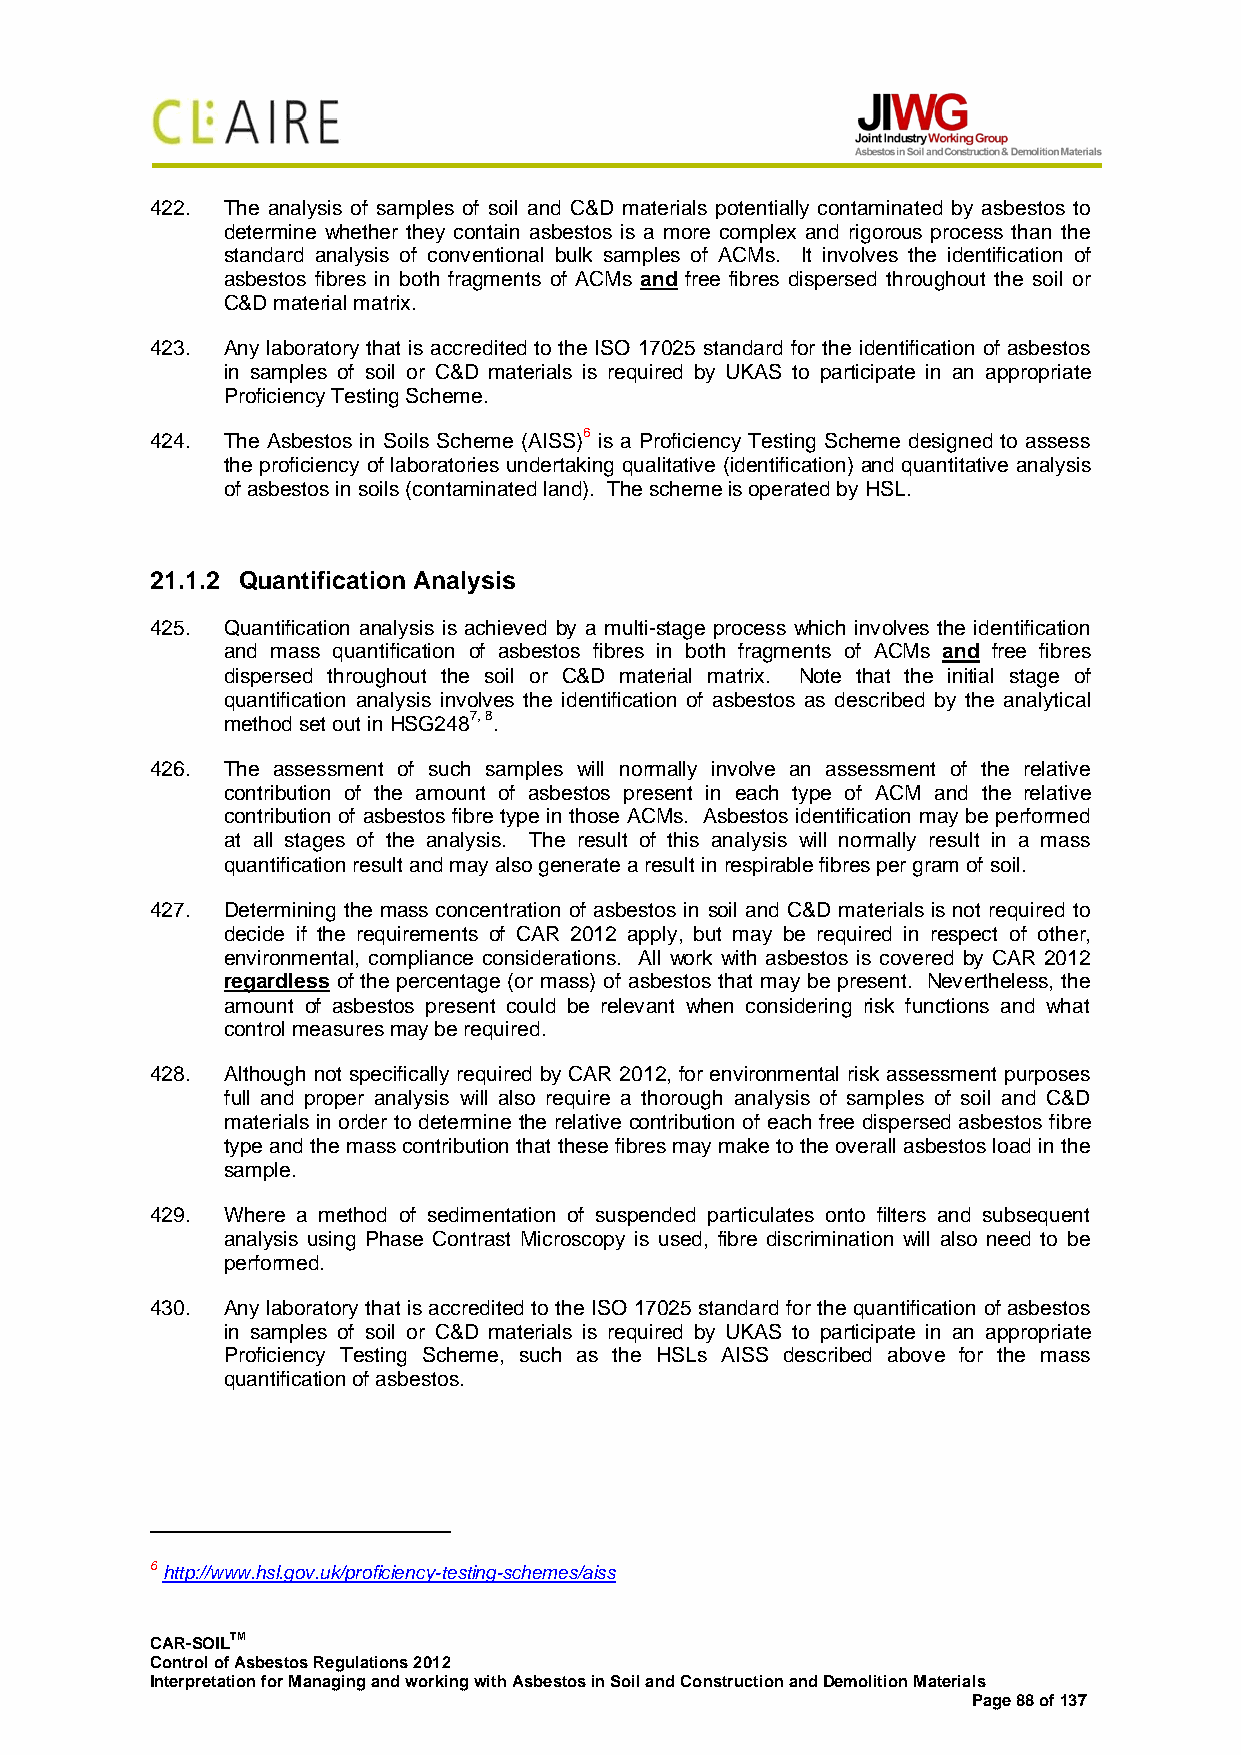
422. The analysis of samples of soil and C&D materials potentially contaminated by asbestos to
 determine whether they contain asbestos is a more complex and rigorous process than the
 standard analysis of conventional bulk samples of ACMs. It involves the identification of
 asbestos fibres in both fragments of ACMs and free fibres dispersed throughout the soil or
 C&D material matrix.
 423. Any laboratory that is accredited to the ISO 17025 standard for the identification of asbestos
 in samples of soil or C&D materials is required by UKAS to participate in an appropriate
 Proficiency Testing Scheme.
 424. The Asbestos in Soils Scheme (AISS)6 is a Proficiency Testing Scheme designed to assess
 the proficiency of laboratories undertaking qualitative (identification) and quantitative analysis
 of asbestos in soils (contaminated land). The scheme is operated by HSL.
 21.1.2 Quantification Analysis
 425. Quantification analysis is achieved by a multi-stage process which involves the identification
 and mass quantification of asbestos fibres in both fragments of ACMs and free fibres
 dispersed throughout the soil or C&D material matrix. Note that the initial stage of
 quantification analysis involves the identification of asbestos as described by the analytical
 method set out in HSG2487, 8.
 426. The assessment of such samples will normally involve an assessment of the relative
 contribution of the amount of asbestos present in each type of ACM and the relative
 contribution of asbestos fibre type in those ACMs. Asbestos identification may be performed
 at all stages of the analysis. The result of this analysis will normally result in a mass
 quantification result and may also generate a result in respirable fibres per gram of soil.
 427. Determining the mass concentration of asbestos in soil and C&D materials is not required to
 decide if the requirements of CAR 2012 apply, but may be required in respect of other,
 environmental, compliance considerations. All work with asbestos is covered by CAR 2012
 regardless of the percentage (or mass) of asbestos that may be present. Nevertheless, the
 amount of asbestos present could be relevant when considering risk functions and what
 control measures may be required.
 428. Although not specifically required by CAR 2012, for environmental risk assessment purposes
 full and proper analysis will also require a thorough analysis of samples of soil and C&D
 materials in order to determine the relative contribution of each free dispersed asbestos fibre
 type and the mass contribution that these fibres may make to the overall asbestos load in the
 sample.
 429. Where a method of sedimentation of suspended particulates onto filters and subsequent
 analysis using Phase Contrast Microscopy is used, fibre discrimination will also need to be
 performed.
 430. Any laboratory that is accredited to the ISO 17025 standard for the quantification of asbestos
 in samples of soil or C&D materials is required by UKAS to participate in an appropriate
 Proficiency Testing Scheme, such as the HSLs AISS described above for the mass
 quantification of asbestos.
 6 http://www.hsl.gov.uk/proficiency-testing-schemes/aiss
 CAR-SOILTM
 Control of Asbestos Regulations 2012
 Interpretation for Managing and working with Asbestos in Soil and Construction and Demolition Materials
 Page 88 of 137